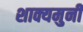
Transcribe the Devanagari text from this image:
शाक्यमुनी